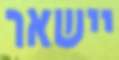
יישאר